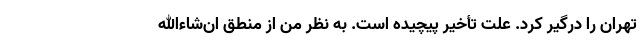
تهران را درگیر کرد. علت تأخیر پیچیده است. به نظر من از منطق ان‌شاءالله